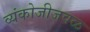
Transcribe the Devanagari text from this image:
व्यंकोजीजवळ